Report on vaccination in Madras 1895-1903 - 1895-1903
Year: 1895
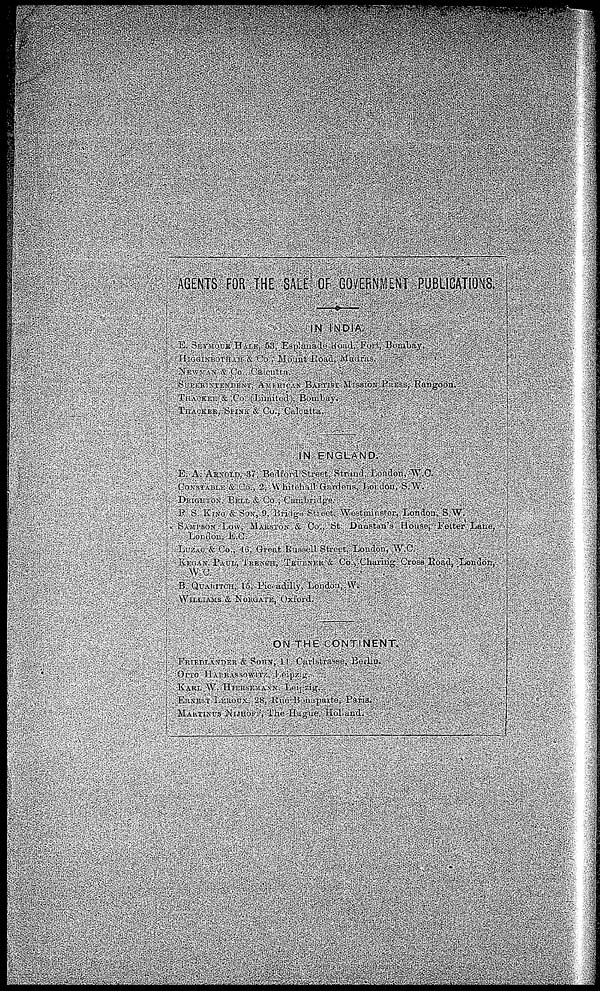
AGENTS FOR THE SALE OF GOVERNMENT PUBLICATIONS.
IN INDIA.
E. SEYMOUR
HALE, 53, Esplanade Road Fort, Bombay.
HI GGI NBOTHAM
& Co., Mount Road, Madras.
NEWMAN & Co., Calcutta.
SUPERINTENDENT, AMERICAN BAPTIST MISSION PRESS, Rangoon.
THACKER & Co., (Limited),
Bombay.
THACKER, SPINK & Co., Calcutta.
IN ENGLAND.
E. A. ARNOLD, 37, Bedford Street, Strand, London, W.C.
CONSTABLE & Co., 2, Whitehall Gardens, London, S.W.
DEGHTON, BELL & Co., Cambridge.
P. S. KING & SON, 9, Bridge, Street, Westminster, London, S.W.
SAMPSON LOW, MARSTON & Co., St Danstan's House, Fetter Lane,
London,
E.C.
LUZAC & Co., 46, Great Russell Street, London, W.C.
KEGAN
PAUL, TRENCH, TRÜBNER & Co., Charing Cross Road, London,
W. C.
B. QUARITCH, 15, Piccadilly, London, W.
WILLIAMS & NORGATE, Oxford.
ON THE CONTINENT.
FRIEDLÄNDER
& SOHN,
11,
Carlstrasse,
Berlin.
OTTO
HARRASOWITZ,
Leipzig.
KARL W. HIERSEMANN, Leipzig.
ERNEST LEROUX 28, Rue Bonaparte, Paris.
MARTINUS NIJHOFF, The Hague, Holland.